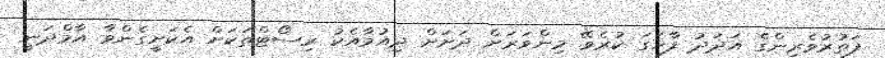
ފަތުރުވެރިންގެ އަދަދު ފާހަގަ ކުރެވޭ މިންވަރަށް ދަށަށް ދިއުމާއެކު ރިސޯޓްތަކަށް އެކަށީގެންވާ އާމްދަނީ